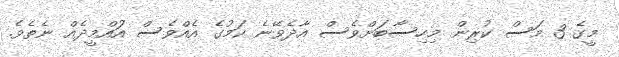
މީގެ 3 މަސް ކުރިން މިހިސާބަށްވެސް އާދެވޭނެ ކަމުގެ އެއްވެސް އުައްމީދެއް ނެތެވެ.